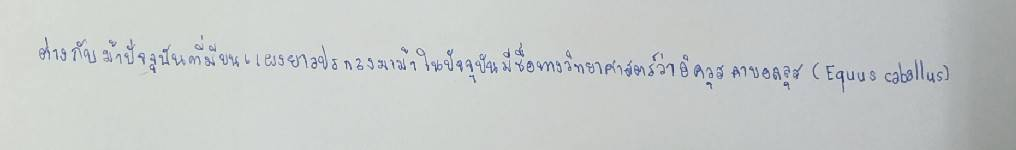
ต่างกับม้าปัจจุบันที่มีขนแผงยาวปรกลงมาม้าในปัจจุบันมีชื่อทางวิทยาศาสตร์ว่าอิควุส คาบอลลุส(Equus caballus)